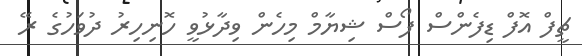
ޗީފް އޮފް ޑިފެންސް ފޯސް ޝިޔާމް މިހެން ވިދާޅުވީ ހޮނިހިރު ދުވަހުގެ ރޭ